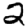
Digit: 2